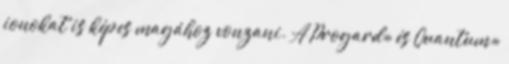
ionokat is képes magához vonzani. A Progard® és Quantum®